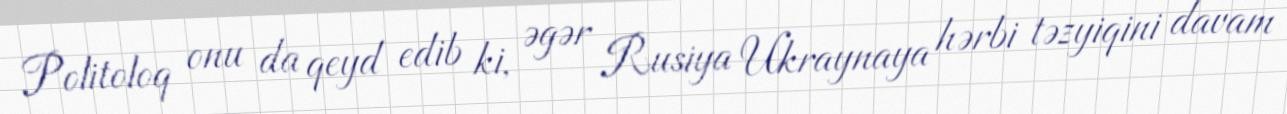
Politoloq onu da qeyd edib ki, əgər Rusiya Ukraynaya hərbi təzyiqini davam